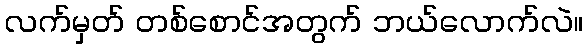
လက်မှတ် တစ်စောင်အတွက် ဘယ်လောက်လဲ။